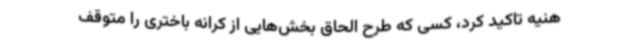
هنیه تاکید کرد، کسی که طرح الحاق بخش‌هایی از کرانه باختری را متوقف